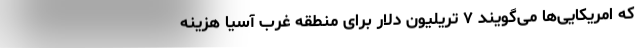
که امریکایی‌ها می‌گویند ۷ تریلیون دلار برای منطقه غرب آسیا هزینه